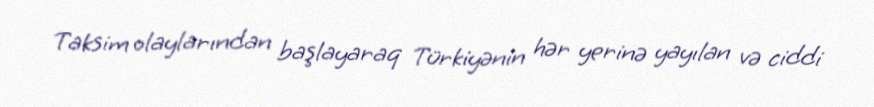
Taksim olaylarından başlayaraq Türkiyənin hər yerinə yayılan və ciddi